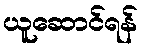
ယူဆောင်ရန်